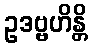
ဥဒဗ္ဗဟိန္တိ